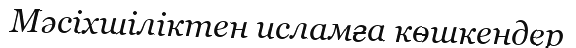
Мәсіхшіліктен исламға көшкендер